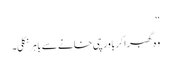
‘‘
وہ گھبرا کر باورچی خانے سے باہر نکلی۔